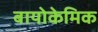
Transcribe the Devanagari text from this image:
बायोकेमिक